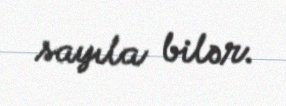
sayıla bilər.